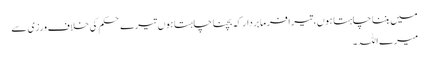
میں بننا چاہتا ہوں،تیرا فرما بردار کہ بچنا چاہتا ہوں تیرے حکم کی خلاف ورزی سے
میرے اللہ ۔